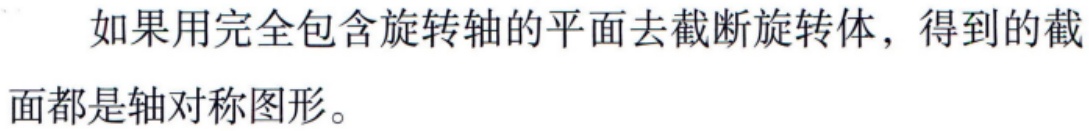
如果用完全包含旋转轴的平面去截断旋转体，得到的截面都是轴对称图形。